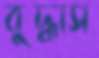
বুদ্ধাস